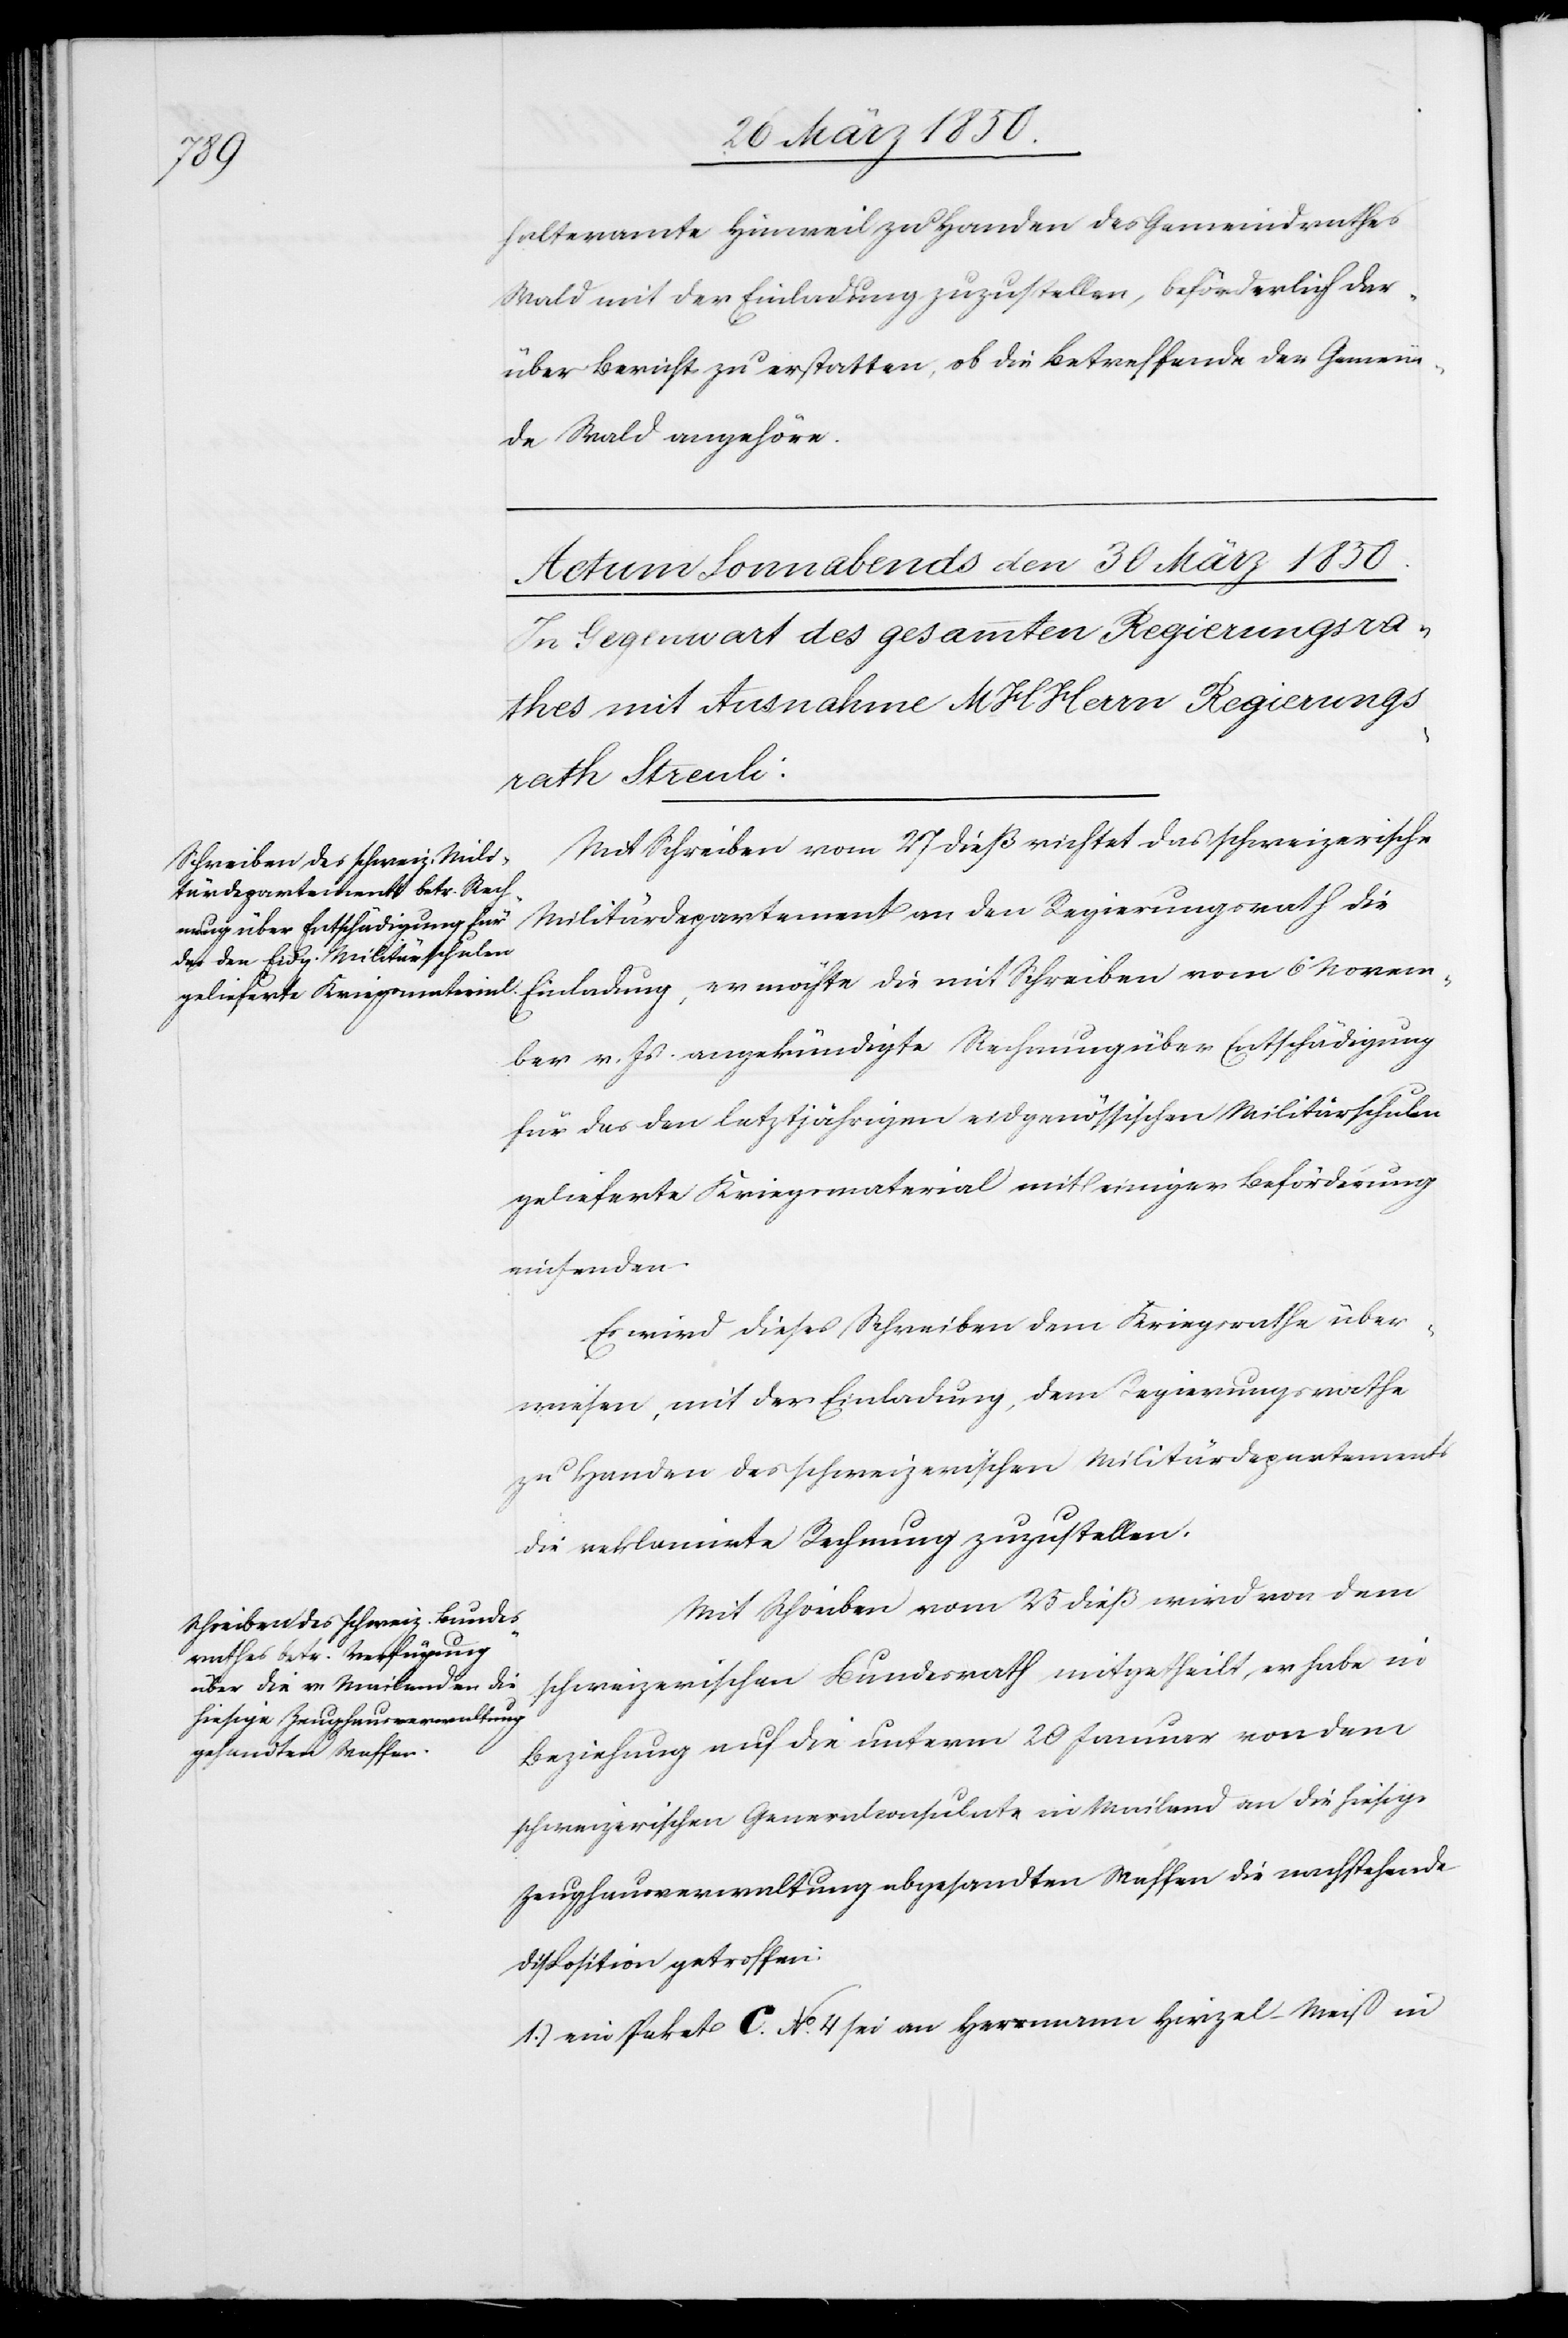
halteramte Hinweil zu Handen des Gemeindrathes
Wald mit der Einladung zuzustellen, beförderlich dar¬
über Bericht zu erstatten: ob die Betreffende der Gemein¬
de Wald angehöre.
Mit Schreiben vom 27 dieß richtet das schweizerische
Militärdepartement an den Regierungsrath die
Einladung, er möchte die mit Schreiben vom 6 Novem¬
ber v. Js. angekündigte Rechnung über Entschädigung
für das den letztjährigen Militärschulen gelieferte
einsenden.
Es wird dieses Schreiben dem Kriegsrathe über¬
wiesen, mit der Einladung, dem Regierungsrathe
zu Handen des schweizerischen Militärdepartement
die reklamirte Rechnung zuzustellen.
Mit Schreiben vom 25 dieß wird von dem
mit einiger Beförderung
schweizerischen Bundesrath mitgetheilt, er habe in
Beziehung auf die unterm 20 Januar von dem
schweizerischen Generalconsulate in Mailand an die hiesige
Zeughausverwaltung abgesandten Waffen die nachstehende
Disposition getroffen:
1.) ein Paket C. No. 4 sei an Herrmann Hirzel-Meiß in